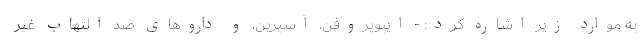
به موارد زیر اشاره کرد: - ایبوپروفن، آسپرین، و داروهای ضد التهاب غیر